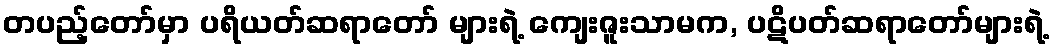
တပည့်တော်မှာ ပရိယတ်ဆရာတော် များရဲ့ ကျေးဇူးသာမက, ပဋိပတ်ဆရာတော်များရဲ့